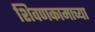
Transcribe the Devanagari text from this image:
शिवणकामाच्या